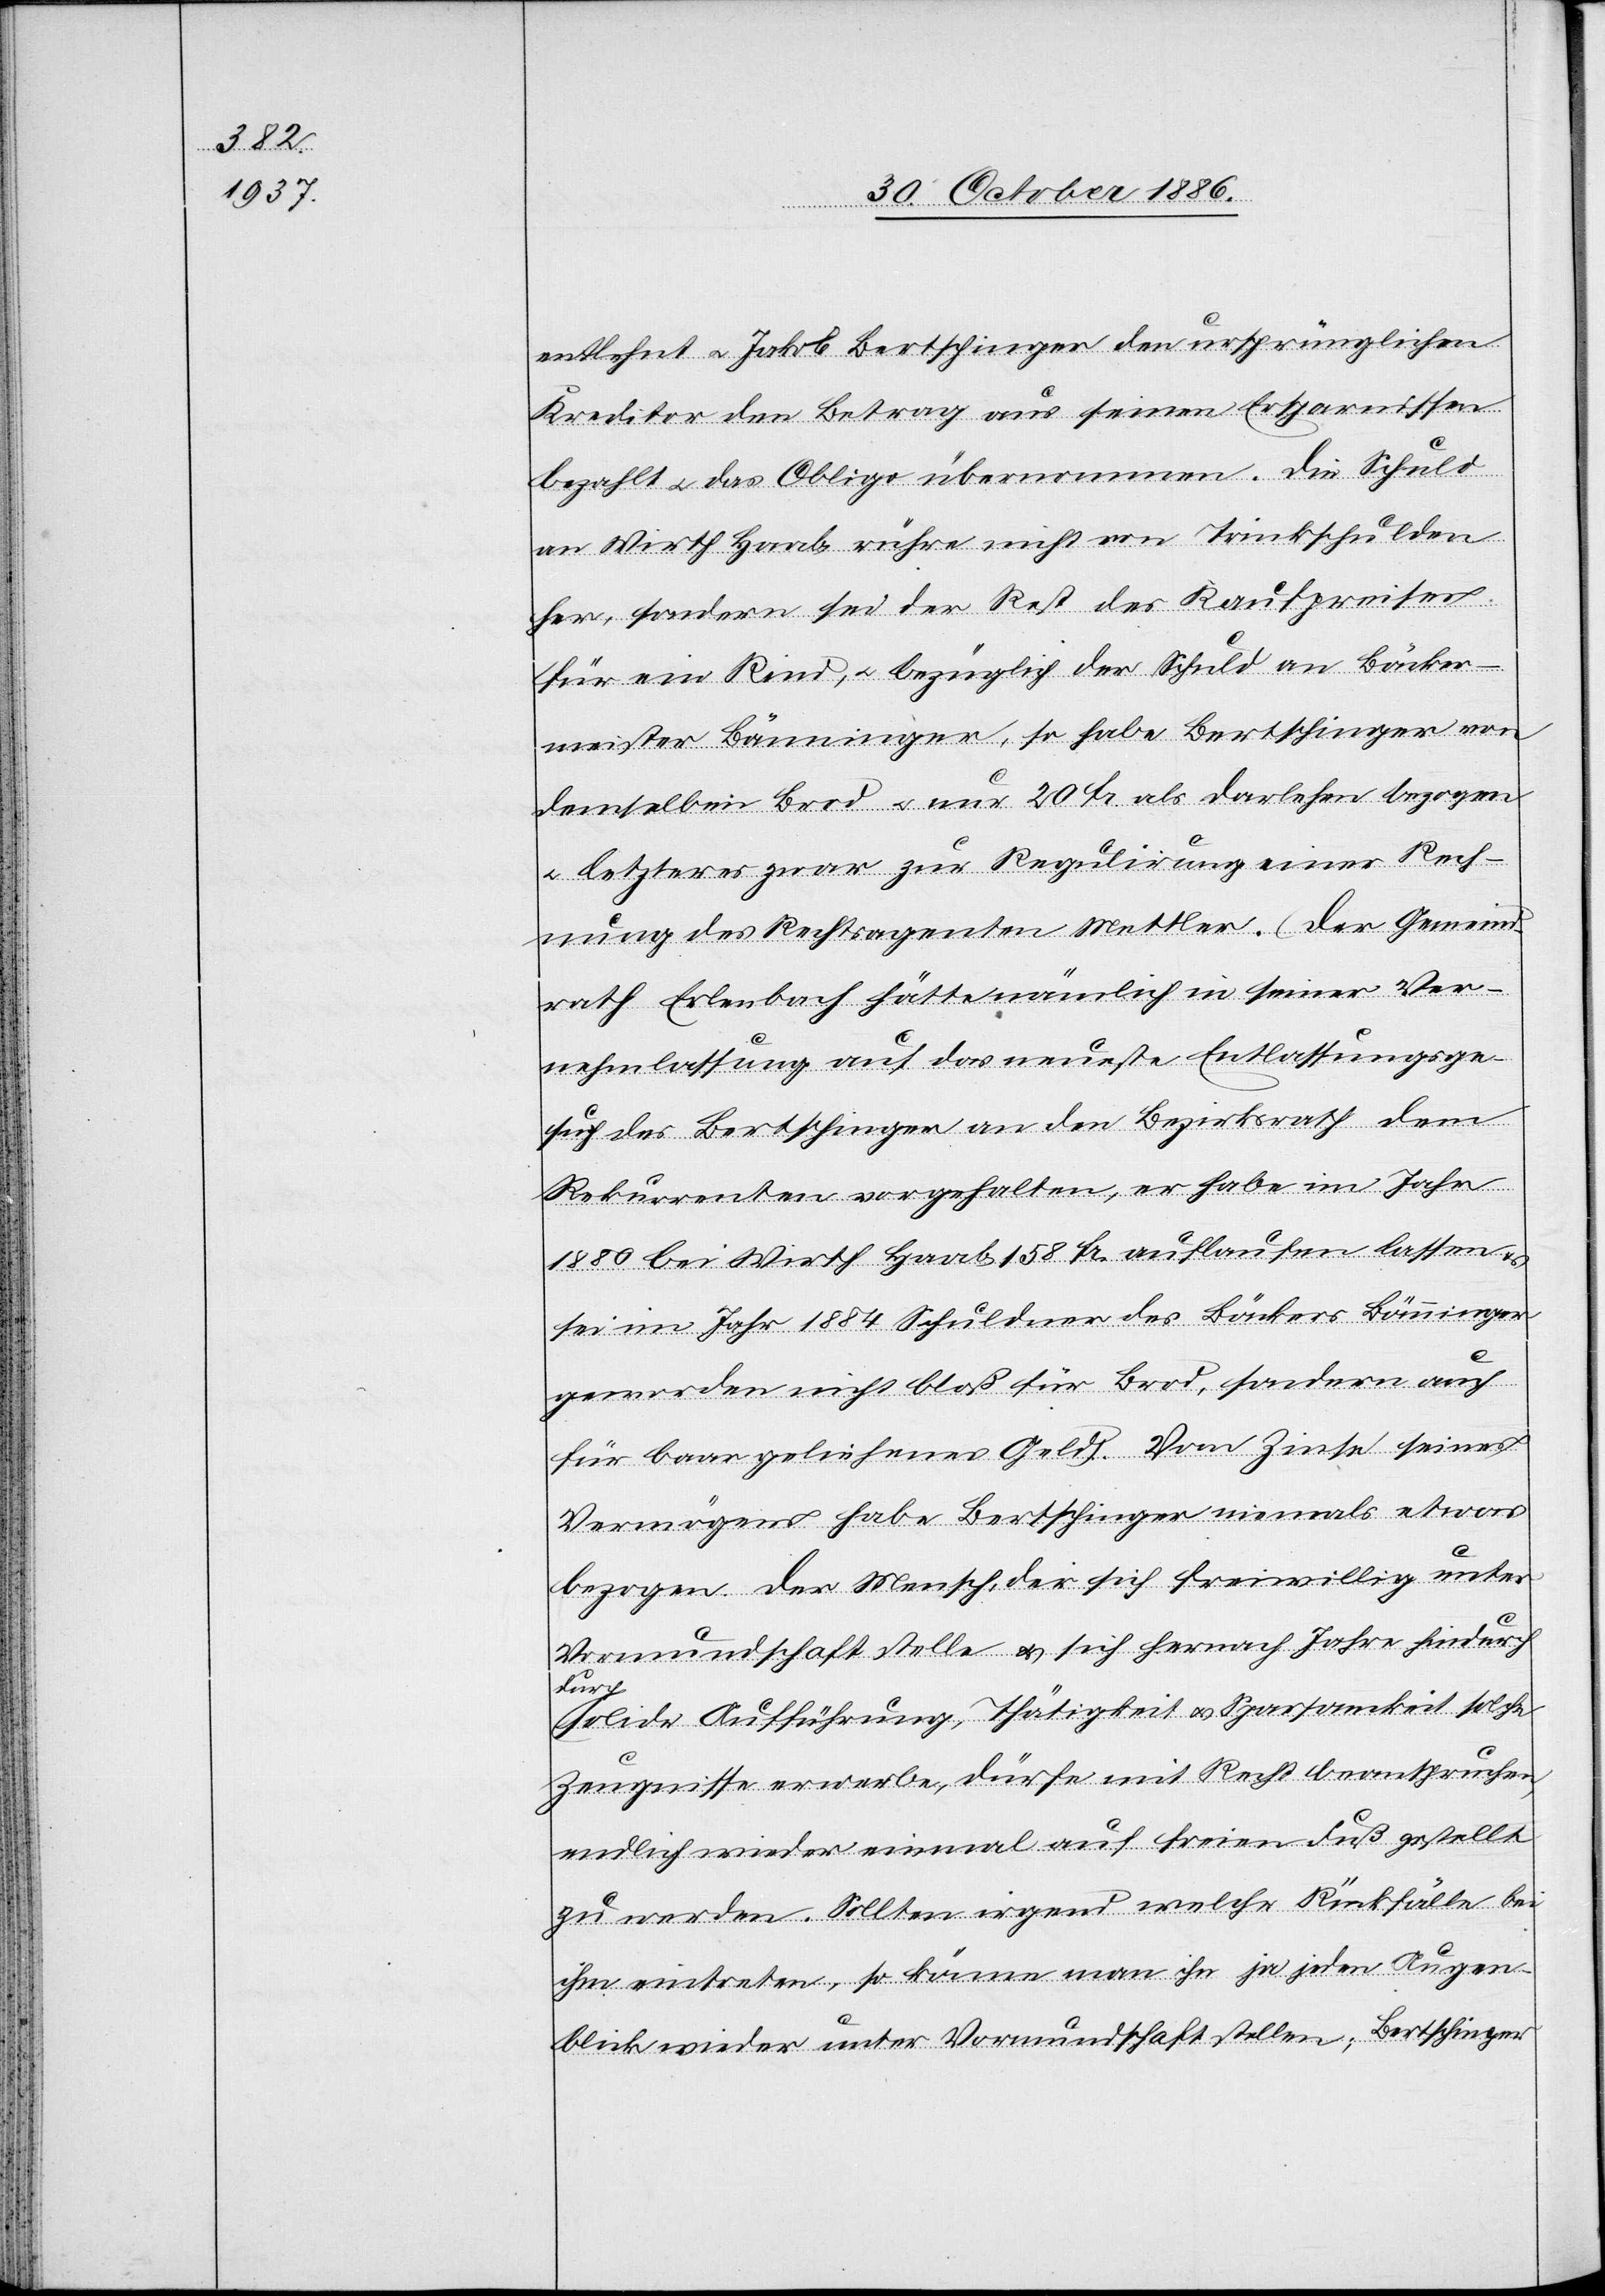
entlehnt & Jakob Bertschinger den ursprünglichen
Kreditor den Betrag aus seinen Ersparnissen
bezahlt [sic!] & das Obligo übernommen. Die Schuld
an Wirth Haab rühre nicht von Trinkschulden
her, sondern sei der Rest des Kaufpreises
für ein Rind, & bezüglich der Schuld an Bäcker¬
meister Bänninger, so habe Bertschinger von
demselben Brod & nur 20 Fr. als Darlehen bezogen
& letzteres zwar zur Regulirung einer Rech¬
nung des Rechtsagenten Mettler. Der Gemeind¬
rath Erlenbach hätte nämlich in seiner Ver¬
nehmlassung auf das neueste Entlassungsge¬
such des Bertschinger an den Bezirksrath dem
Rekurrenten vorgehalten, er habe im Jahr
1880 bei Wirth Haab 158 Fr. auflaufen lassen &
sei im Jahr 1884 Schuldner des Bäckers Bänninger
geworden nicht bloß für Brod, sondern auch
für baar geliehenes Geld. Vom Zinse seines
Vermögens habe Bertschinger niemals etwas
bezogen. Der Mensch, der sich freiwillig unter
Vormundschaft stelle & sich hernach Jahre hindurch
durch
solide Aufführung, Thätigkeit & Sparsamkeit solche
Zeugnisse erwerbe, dürfe mit Recht beanspruchen,
endlich wieder einmal auf freien Fuß gestellt
zu werden. Sollten irgend welche Rückfälle bei
ihm eintreten, so könne man ihn ja jeden Augen¬
blick wieder unter Vormundschaft stellen; Bertschinger